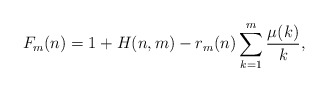
\begin{align*}F_m (n) = 1 + H(n,m) - r_m(n) \sum_{k=1}^m \frac{\mu(k)}{k},\end{align*}